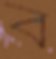
ব